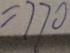
= 7 7 0